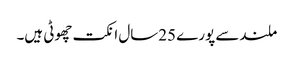
ملندسے پورے 25سال انکت چھوٹی ہیں۔